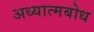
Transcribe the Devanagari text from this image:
अध्यात्मबोध